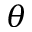
\theta